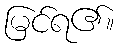
မြင်ရ၏။